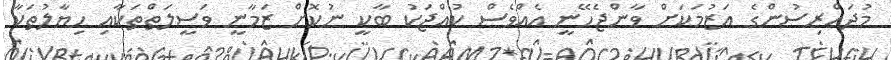
މުދައްރިސުންގެ އަޒުމަކަށް ވާންޖެހޭނީ އެއްވެސް ކުއްޖަކު ބާކީ ނުކޮށް ޒަމާނީ ވަސީލަތްތަކާއި ހިޔާލުތަކާ